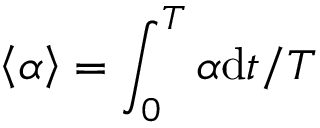
\left< \alpha \right> = \int _ { 0 } ^ { T } \alpha \mathrm { d } t / T